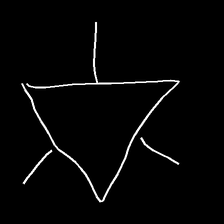
Glyph: fire